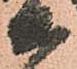
等